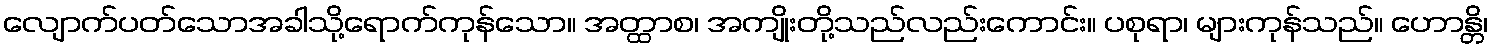
လျောက်ပတ်သောအခါသို့ရောက်ကုန်သော။ အတ္ထာစ၊ အကျိုးတို့သည်လည်းကောင်း။ ပစုရာ၊ များကုန်သည်။ ဟောန္တိ၊